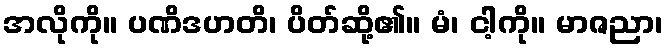
အလိုကို။ ပဏိဒဟတိ၊ ပိတ်ဆို့၏။ မံ၊ ငါ့ကို။ မာဇညာ၊